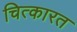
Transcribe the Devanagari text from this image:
चित्कारत